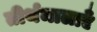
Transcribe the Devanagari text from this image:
तीर्थमालाएँ